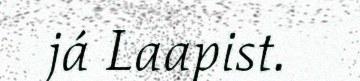
já Laapist.